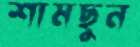
শামছুন